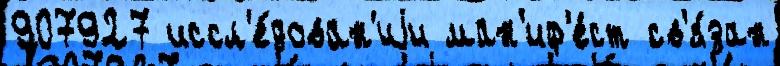
907927 иссл'е́дован'иjи ман'иф'е́ст св'я́зан